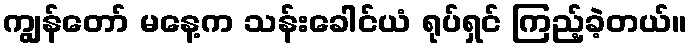
ကျွန်တော် မနေ့က သန်းခေါင်ယံ ရုပ်ရှင် ကြည့်ခဲ့တယ်။